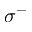
\sigma ^ { - }